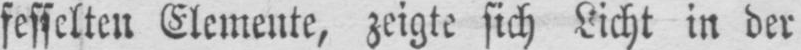
fesselten Elemente, zeigte sich Licht in der